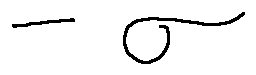
- \sigma